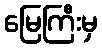
မြေကြီးမှ